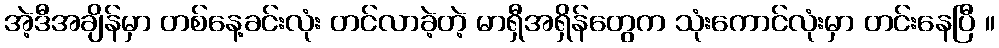
အဲ့ဒီအချိန်မှာ တစ်နေ့ခင်းလုံး တင်လာခဲ့တဲ့ မာရှီအရှိန်တွေက သုံးကောင်လုံးမှာ တင်းနေပြီ ။